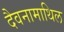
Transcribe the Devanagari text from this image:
दैवनामाथिल